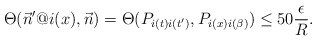
\begin{align*}\Theta(\vec{n}'@i(x),\vec{n})=\Theta(P_{i(t)i(t')},P_{i(x)i(\beta)})\leq 50\frac{\epsilon}{R}.\end{align*}